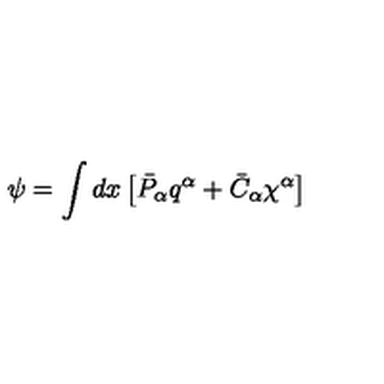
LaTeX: \psi = \int d x \left[ \bar { P } _ { \alpha } q ^ { \alpha } + \bar { C } _ { \alpha } \chi ^ { \alpha } \right]